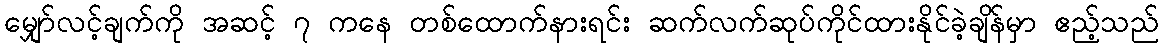
မျှော်လင့်ချက်ကို အဆင့် ၇ ကနေ တစ်ထောက်နားရင်း ဆက်လက်ဆုပ်ကိုင်ထားနိုင်ခဲ့ချိန်မှာ ဧည့်သည်